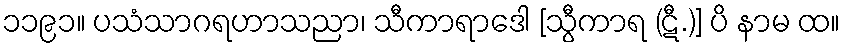
၁၁၉၁။ ပသံသာဂရဟာသညာ၊ သီကာရာဒေါ [သွီကာရ (ဋီ.)] ပိ နာမ ထ။